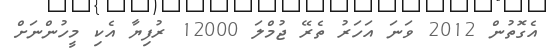
އެގޮތުން 2012 ވަނަ އަހަރު ތެރޭ ޖުމްލަ 12000 ރުފިޔާ އެކި މީހުންނަށް